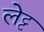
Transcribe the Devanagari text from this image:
लेट्ट